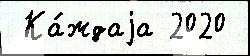
 Ка́ждаjа 2020